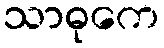
သာဓုကေ